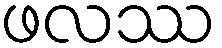
ဖလဿ